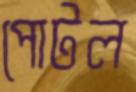
পোটল